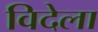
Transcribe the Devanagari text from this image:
विदेला